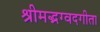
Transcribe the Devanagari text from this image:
श्रीमद्भग्वदगीता